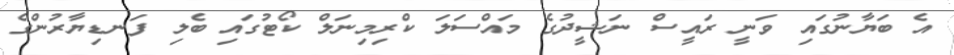
އެ ބަޔާނުގައި ވަނީ ރައީސް ނަޝީދުގެ މައްސަލަ ކްރިމިނަލް ކޯޓުގައި ބެލި ފަނޑިޔާރުންގެ